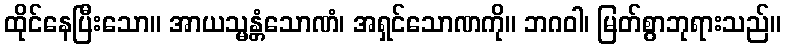
ထိုင်နေပြီးသော။ အာယသ္မန္တံသောဏံ၊ အရှင်သောဏကို။ ဘဂဝါ၊ မြတ်စွာဘုရားသည်။